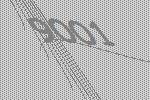
9001